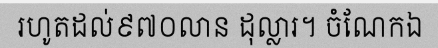
រហូតដល់៩៧០លាន ដុល្លារ។ ចំណែកឯ